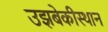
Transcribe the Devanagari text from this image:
उझबेकीस्थान